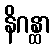
နိဂန္ထာ